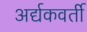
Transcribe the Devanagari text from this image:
अर्द्यकवर्ती